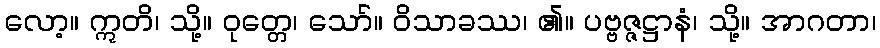
လော့။ ဣတိ၊ သို့။ ဝုတ္တေ၊ သော်။ ဝိသာခဿ၊ ၏။ ပဗ္ဗဇ္ဇဋ္ဌာနံ၊ သို့။ အာဂတာ၊